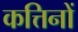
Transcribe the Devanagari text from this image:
कत्तिनों